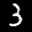
Label: 3